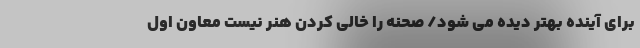
برای آینده بهتر دیده می شود/ صحنه را خالی کردن هنر نیست معاون اول